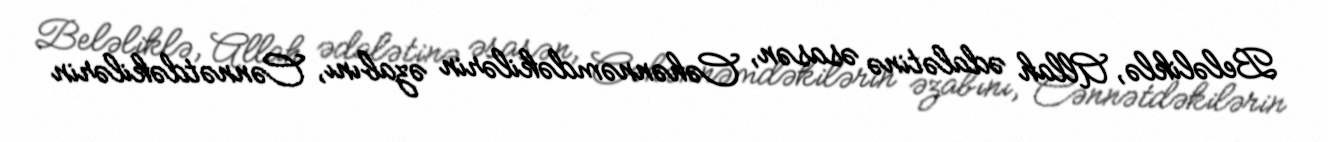
Beləliklə, Allah ədalətinə əsasən, Cəhənnəmdəkilərin əzabını, Cənnətdəkilərin